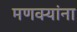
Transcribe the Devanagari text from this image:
मणक्यांना